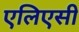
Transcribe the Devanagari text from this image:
एलिएसी